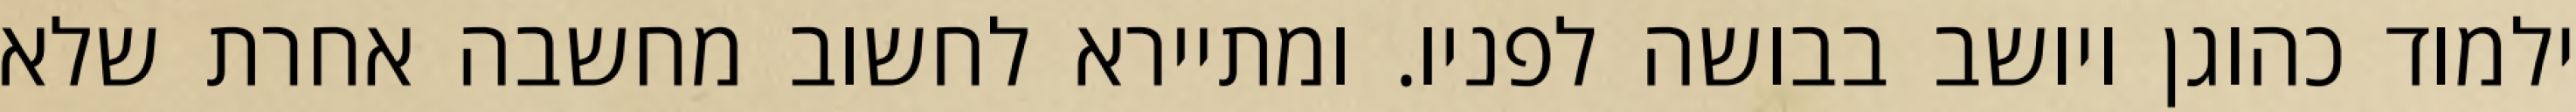
ילמוד כהוגן ויושב בבושה לפניו. ומתיירא לחשוב מחשבה אחרת שלא